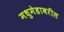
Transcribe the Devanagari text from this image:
मधुमेहावरील